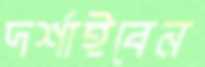
দর্শাইবেন